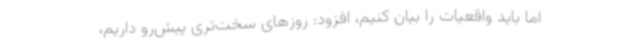
اما باید واقعیات را بیان کنیم، افزود: روزهای سخت‌تری پیش‌رو داریم،